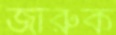
জারুক